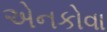
એનકોવા